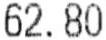
62.80